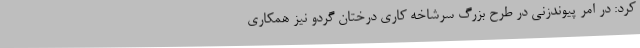
کرد: در امر پیوندزنی در طرح بزرگ سرشاخه کاری درختان گردو نیز همکاری